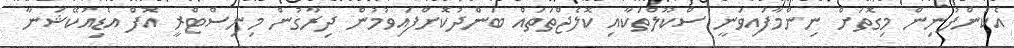
އެކުންފުނިން މިގޮތަށް ނިންމާފައިވަނީ ސްކޫލްތަކާއި ކޮލެޖްތަތައް ބަންދުކޮށްފައިވުމުން ދިރާގުން މިނިސްޓްރީ އޮފް އެޑިއުކޭޝަނާ